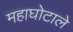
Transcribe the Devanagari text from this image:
महाघोटाले